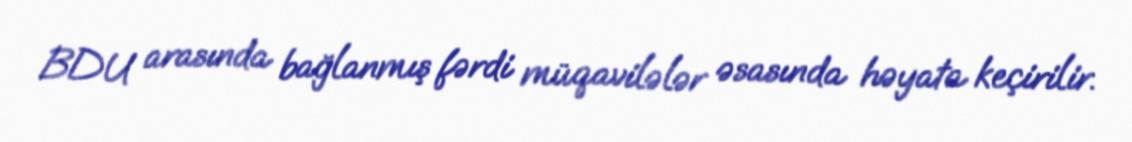
BDU arasında bağlanmış fərdi müqavilələr əsasında həyata keçirilir.